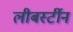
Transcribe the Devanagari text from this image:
लीबर्स्टीन